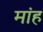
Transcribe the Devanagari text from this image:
मांह